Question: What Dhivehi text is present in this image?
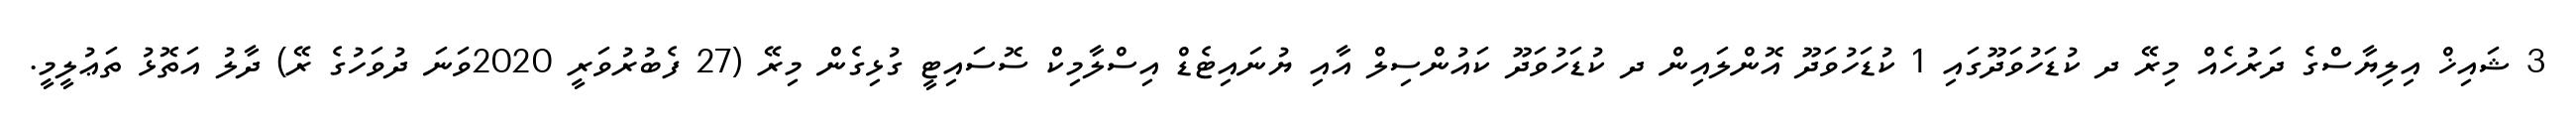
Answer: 3 ޝައިޚް އިލިޔާސްގެ ދަރުހެއް މިރޭ ދ ކުޑަހުވަދޫގައި 1 ކުޑަހުވަދޫ އޮންލައިން ދ ކުޑަހުވަދޫ ކައުންސިލް އާއި ޔުނައިޓެޑް އިސްލާމިކް ސޮސައިޓީ ގުޅިގެން މިރޭ (27 ފެބުރުވަރީ 2020ވަނަ ދުވަހުގެ ރޭ) ދާލު އަތޮޅު ތަޢުލީމީ.